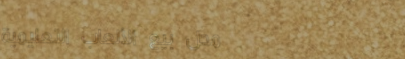
محل بيع الألعاب التعليمية